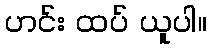
ဟင်း ထပ် ယူပါ။